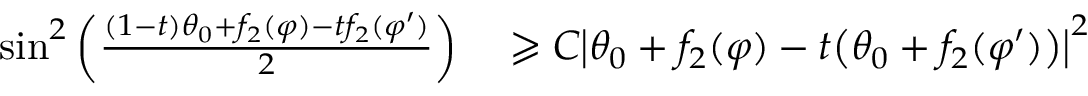
\begin{array} { r l } { \sin ^ { 2 } \left( \frac { ( 1 - t ) \theta _ { 0 } + f _ { 2 } ( \varphi ) - t f _ { 2 } ( \varphi ^ { \prime } ) } { 2 } \right) } & { { } \geqslant C \big | \theta _ { 0 } + f _ { 2 } ( \varphi ) - t \big ( \theta _ { 0 } + f _ { 2 } ( \varphi ^ { \prime } ) \big ) \big | ^ { 2 } } \end{array}